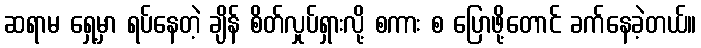
ဆရာမ ရှေ့မှာ ရပ်နေတဲ့ ချိန် စိတ်လှုပ်ရှားလို့ စကား စ ပြောဖို့တောင် ခက်နေခဲ့တယ်။